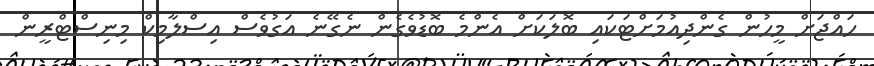
ހައްޖަށް މީހުން ގެންދިއުމަށްޓަކައި ބޮލަކަށް އެންމެ ބޮޑުވެގެން ނެގޭނެ އަގުވެސް އިސްލާމިކް މިނިސްޓްރީން